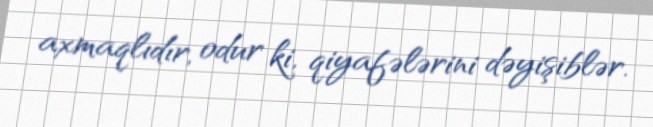
axmaqlıdır, odur ki, qiyafələrini dəyişiblər.